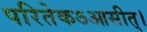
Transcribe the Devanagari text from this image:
परितेकऽआसीत्।